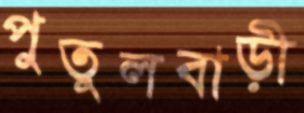
পুতুলবাড়ী